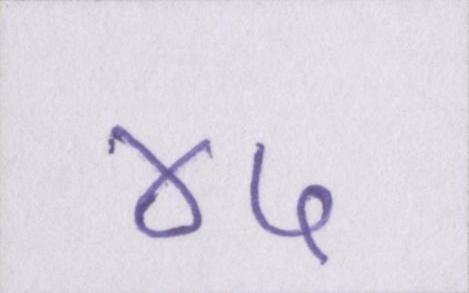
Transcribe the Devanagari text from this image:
४५